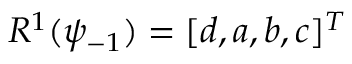
R ^ { 1 } ( \psi _ { - 1 } ) = [ d , a , b , c ] ^ { T }